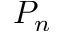
P _ { n }